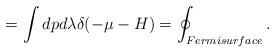
\begin{align*}= \int dp d\lambda \delta (-\mu -H) = \oint _{Fermisurface} . \end{align*}